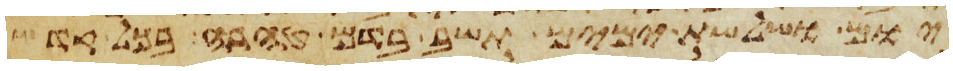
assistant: יום ושלשת ימים תשב בדם טהרה בכל קדש